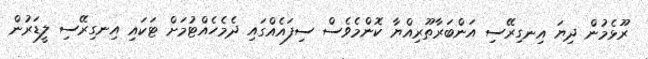
ރޫޅެމުން ދިޔަ އިނގިރޭސި އަންބަރާތޫރިއްޔާ ކޮންމެވެސް ސިފައެއްގައި ދެމެހެއްޓުމަށް ޓަކައި އިނގިރޭސި ލީޑަރުން